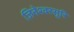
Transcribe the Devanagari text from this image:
जिनेश्वरसूरि